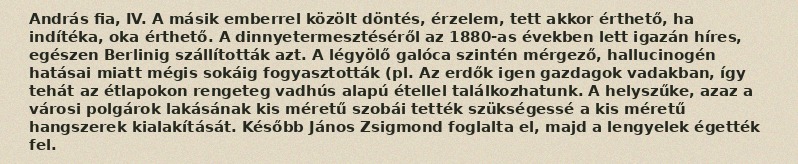
András fia, IV. A másik emberrel közölt döntés, érzelem, tett akkor érthető, ha indítéka, oka érthető. A dinnyetermesztéséről az 1880-as években lett igazán híres, egészen Berlinig szállították azt. A légyölő galóca szintén mérgező, hallucinogén hatásai miatt mégis sokáig fogyasztották (pl. Az erdők igen gazdagok vadakban, így tehát az étlapokon rengeteg vadhús alapú étellel találkozhatunk. A helyszűke, azaz a városi polgárok lakásának kis méretű szobái tették szükségessé a kis méretű hangszerek kialakítását. Később János Zsigmond foglalta el, majd a lengyelek égették fel.